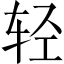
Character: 轻